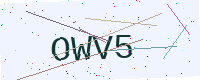
Text: OWV5